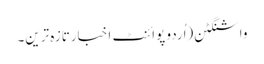
واشنگٹن(اُردو پوائنٹ اخبارتازہ ترین۔